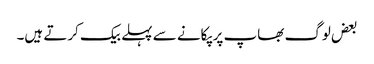
بعض لوگ بھاپ پر پکانے سے پہلے بیک کرتے ہیں۔